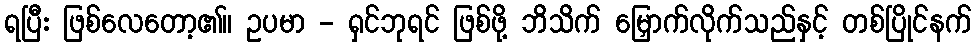
ရပြီး ဖြစ်လေတော့၏။ ဥပမာ - ရှင်ဘုရင် ဖြစ်ဖို့ ဘိသိက် မြှောက်လိုက်သည်နှင့် တစ်ပြိုင်နက်